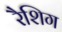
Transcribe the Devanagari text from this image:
रैशिग